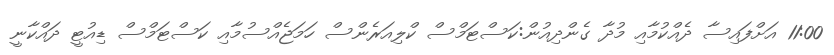
11:00 އަށްފައިސާ ދެއްކުމާއި މުދާ ގެންދިއުން:ކަސްޓަމްސް ކްލިއަރެންސް ހަމަޖެއްސުމާއި ކަސްޓަމްސް ޑިއުޓީ ދައްކާނީ